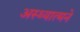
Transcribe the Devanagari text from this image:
अस्थ्यात्मने